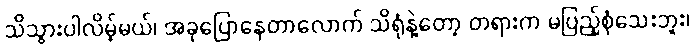
သိသွားပါလိမ့်မယ်၊ အခုပြောနေတာလောက် သိရုံနဲ့တော့ တရားက မပြည့်စုံသေးဘူး၊